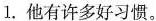
1.他有许多好习惯。